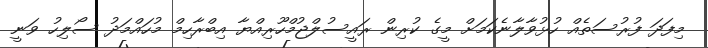
މިފަދަ ފުރުސަތެއް ހުޅުވާލާނެކަމަށް މީގެ ކުރިން ރައީސުލްޖުމްހޫރިއްޔާ އިބްރާހިމް މުހައްމަދު ސޯލިހު ވަނީ